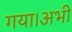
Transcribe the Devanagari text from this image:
गया।अभी